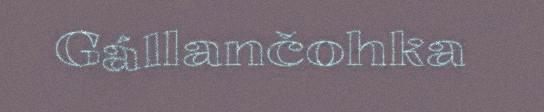
Gállančohka